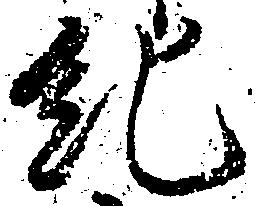
紀